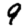
Digit: 9